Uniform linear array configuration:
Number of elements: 16
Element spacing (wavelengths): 0.5
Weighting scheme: binomial
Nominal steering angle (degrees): -60
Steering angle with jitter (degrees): -59.922
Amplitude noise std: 0.05
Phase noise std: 0.05

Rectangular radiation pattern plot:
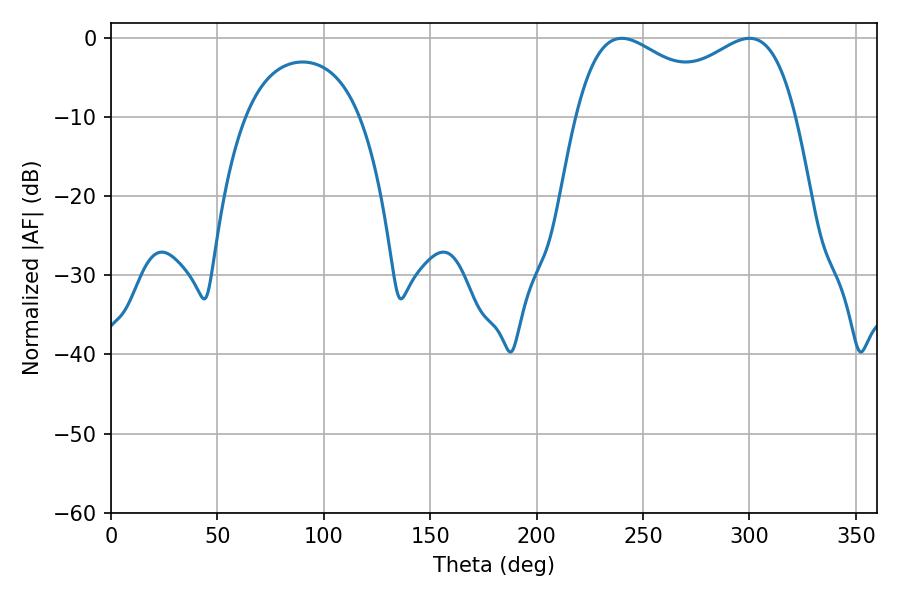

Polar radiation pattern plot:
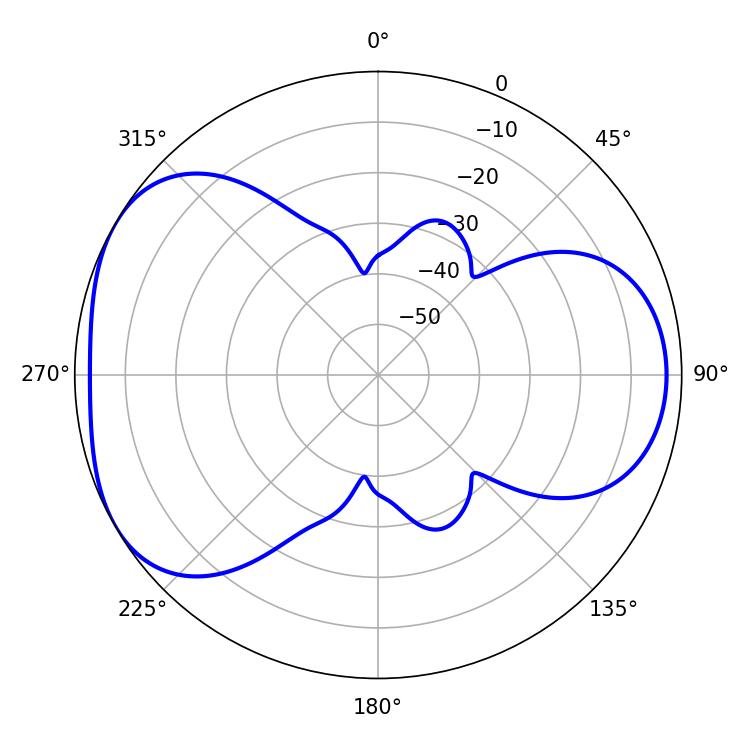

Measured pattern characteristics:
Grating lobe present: FALSE
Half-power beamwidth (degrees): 86.04
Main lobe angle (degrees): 239.94